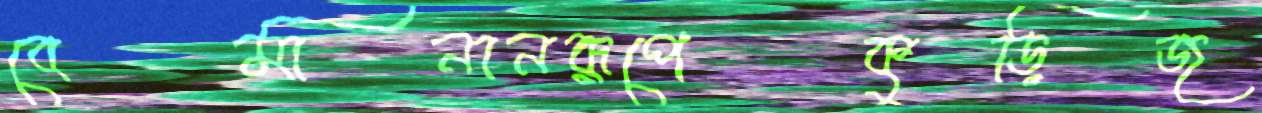
বেমানানরূপেকুড়িজ